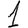
Digit: 1